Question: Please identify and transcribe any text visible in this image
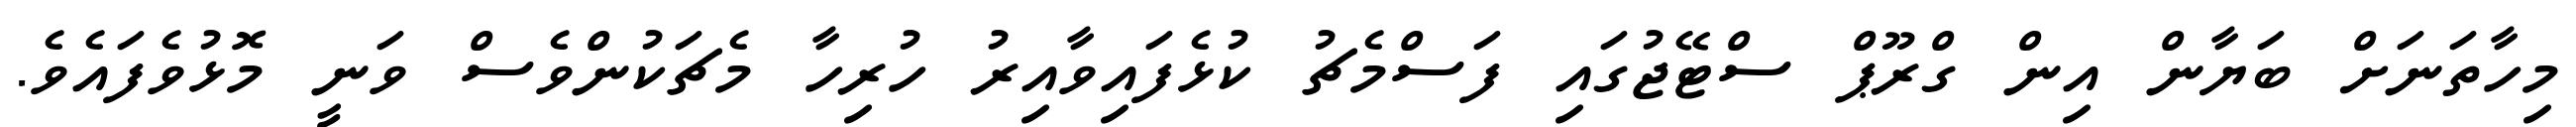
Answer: މިހާތަނަށް ބަޔާން އިން ގްރޫޕް ސްޓޭޖުގައި ފަސްމެޗު ކުޅެފައިވާއިރު ހުރިހާ މެޗަކުންވެސް ވަނީ މޮޅުވެފައެވެ.